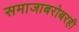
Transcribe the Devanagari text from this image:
समाजाबरोबरही